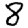
Digit: 8